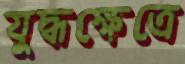
যুদ্ধক্ষেত্রে